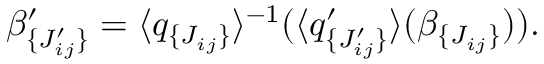
\beta _ { \lbrace J _ { i j } ^ { \prime } \rbrace } ^ { \prime } = \langle q _ { \lbrace J _ { i j } \rbrace } \rangle ^ { - 1 } ( \langle q _ { \lbrace J _ { i j } ^ { \prime } \rbrace } ^ { \prime } \rangle ( \beta _ { \lbrace J _ { i j } \rbrace } ) ) .